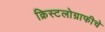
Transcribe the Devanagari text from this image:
क्रिस्टलोग्राफीचे